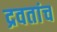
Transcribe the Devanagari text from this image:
द्रवतांच